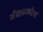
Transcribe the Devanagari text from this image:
मॅकइलरेथ